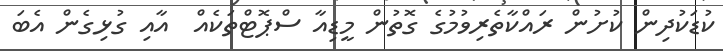
ކުޑަކުދިން ކުށުން ރައްކާތެރިވުމުގެ ގޮތުން މީޑިއާ ސްޕޮޓްތަކެއް  އާއި ގުޅިގެން އެބަ